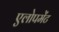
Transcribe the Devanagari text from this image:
एलोपमेंट